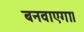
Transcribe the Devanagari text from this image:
बनवाएगा।